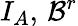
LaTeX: I_{A},\, \mathcal{B}^{r}